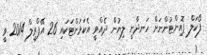
ފޯކަލް ޕޮއިންޓުންނަށް ހަނދާނީ ލިޔުން ދެއްވީ އެކަމަށްޓަކައި 26 އޭޕްރީލް 2014 ވީ